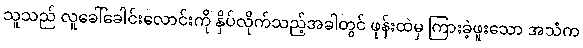
သူသည် လူခေါ်ခေါင်းလောင်းကို နှိပ်လိုက်သည့်အခါတွင် ဖုန်းထဲမှ ကြားခဲ့ဖူးသော အသံက